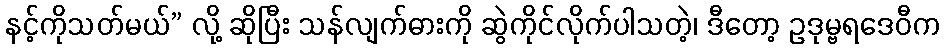
နင့်ကိုသတ်မယ်” လို့ ဆိုပြီး သန်လျက်ဓားကို ဆွဲကိုင်လိုက်ပါသတဲ့၊ ဒီတော့ ဥဒုမ္ဗရဒေဝီက